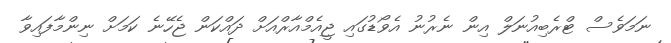
ނަމަވެސް ޓްރެބިއުނަލް އިން ނެރުނު އެވޯޑުގައި ޖީއެމްއާރްއަށް ދައްކަން ޖެހޭނެ ކަމަށް ނިންމާފައިވާ